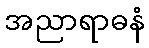
အညာရာဓနံ